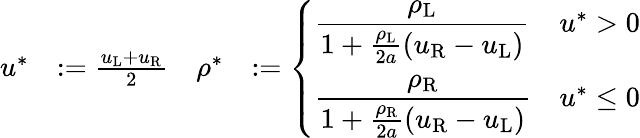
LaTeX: \begin{array}{rlrl}{u^{*}}&{:=\frac{u_{\mathrm{L}}+u_{\mathrm{R}}}{2}}&{\rho^{*}}&{:=\left\{ \begin{array}{ll}{\displaystyle\frac{\rho_{\mathrm{L}}}{1+\frac{\rho_{\mathrm{L}}}{2a}(u_{\mathrm{R}}-u_{\mathrm{L}})}}&{u^{*}>0}\\ {\displaystyle\frac{\rho_{\mathrm{R}}}{1+\frac{\rho_{\mathrm{R}}}{2a}(u_{\mathrm{R}}-u_{\mathrm{L}})}}&{u^{*}\leq 0}\end{array}\right.}\end{array}